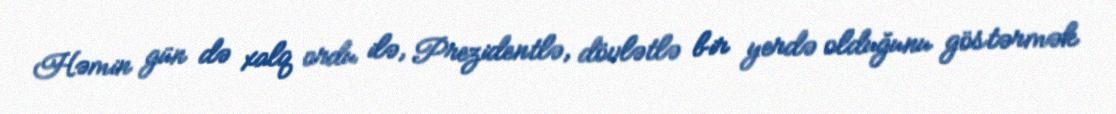
Həmin gün də xalq ordu ilə, Prezidentlə, dövlətlə bir yerdə olduğunu göstərmək